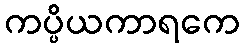
ကပ္ပိယကာရကေ